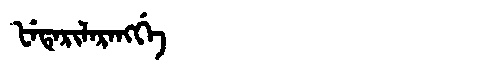
Manchu: ᡶᡝᡨᡝᡵᡳᠯᠠᡵᠠᠩᡤᡝ
Romanization: FETERILARANGGE